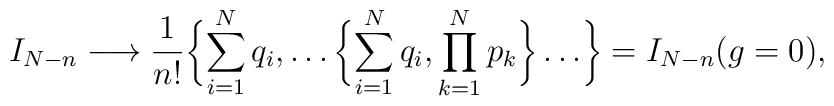
I_{N-n} \longrightarrow \frac{1}{n!}   \biggl\{\sum_{i=1}^N q_i,\dots \biggl\{\sum_{i=1}^N q_i, \prod_{k=1}^N p_k  \biggr\}\dots \biggr\}=I_{N-n}(g=0),